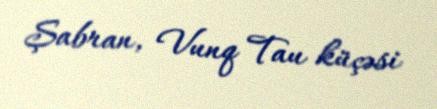
Şabran, Vunq Tau küçəsi